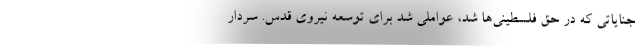
جنایاتی که در حق فلسطینی‌ها شد، عواملی شد برای توسعه نیروی قدس. سردار